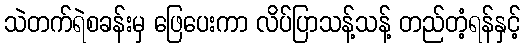
သဲတက်ရဲစခန်းမှ ဖြေပေးကာ လိပ်ပြာသန့်သန့် တည်တံ့ရန်နှင့်